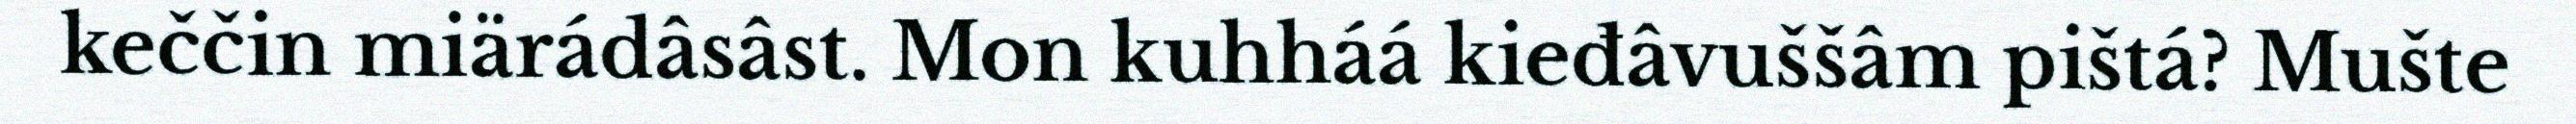
keččin miärádâsâst. Mon kuhháá kieđâvuššâm pištá? Mušte